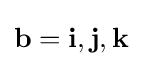
\mathbf {b} =\mathbf {i} ,\mathbf {j} ,\mathbf {k}